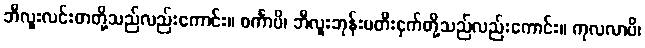
ဘီလူးလင်းတတို့သည်လည်းကောင်း။ ဓင်္ကာပိ၊ ဘီလူးဘုန်းမတီးငှက်တို့သည်လည်းကောင်း။ ကုလလာပိ၊